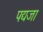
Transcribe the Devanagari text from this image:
पद्यजा